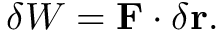
\delta W = \mathbf { F } \cdot \delta \mathbf { r } .